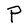
Character: P